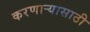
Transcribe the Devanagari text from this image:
करणाऱ्यासाठी